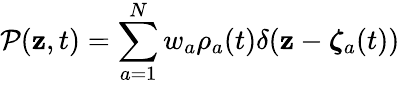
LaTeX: {\cal P}({\mathbf{z}},t)=\sum_{a=1}^{N}w_{a}\rho_{a}(t)\delta({\mathbf{z}}-{\boldsymbol{\zeta}}_{a}(t))